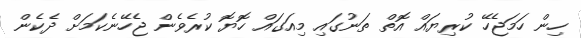
ހިން ހަމަޖެހޭ ކުރިޔައް އޮތް ތަނުގައި މިއަގައް ހޮޔޮ ކުރެވެން ޖެހޭނެކަމަށް ދެކެން